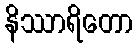
နိဿာရိတော